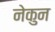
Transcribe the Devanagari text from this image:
नेकुन